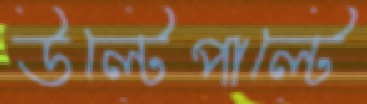
উল্টেপাল্টে